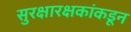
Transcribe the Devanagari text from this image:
सुरक्षारक्षकांकडून